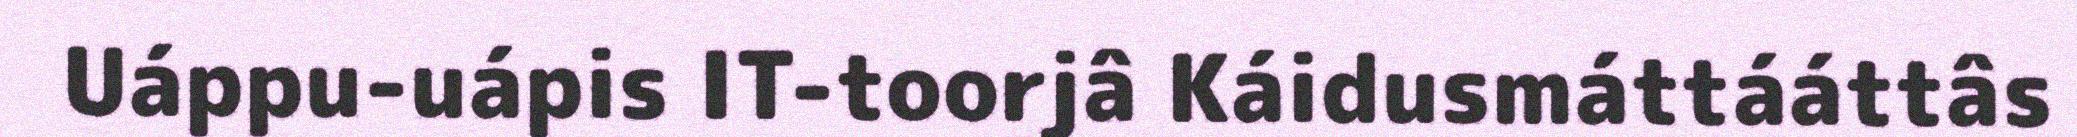
Uáppu-uápis IT-toorjâ Káidusmáttááttâs